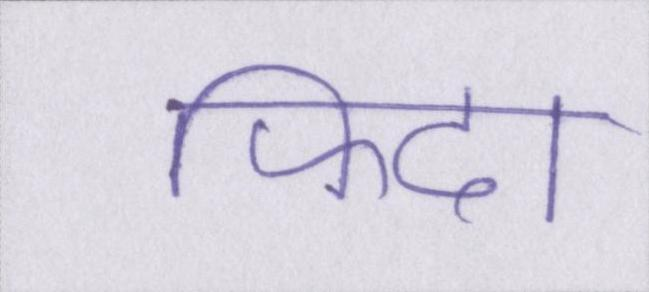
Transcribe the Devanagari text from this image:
फिदा